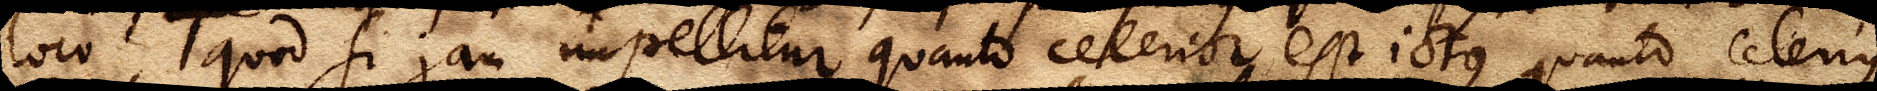
loco, quod si jam impellitur quanto celerior est ictus quanto celerius